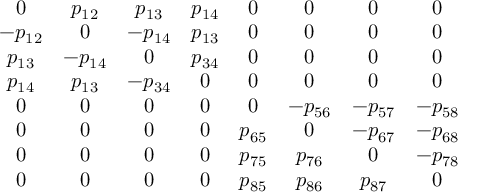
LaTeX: \begin{array} { c c c c c c c c } { { 0 } } & { { p _ { 1 2 } } } & { { p _ { 1 3 } } } & { { p _ { 1 4 } } } & { { 0 } } & { { 0 } } & { { 0 } } & { { 0 } } \\ { { - p _ { 1 2 } } } & { { 0 } } & { { - p _ { 1 4 } } } & { { p _ { 1 3 } } } & { { 0 } } & { { 0 } } & { { 0 } } & { { 0 } } \\ { { p _ { 1 3 } } } & { { - p _ { 1 4 } } } & { { 0 } } & { { p _ { 3 4 } } } & { { 0 } } & { { 0 } } & { { 0 } } & { { 0 } } \\ { { p _ { 1 4 } } } & { { p _ { 1 3 } } } & { { - p _ { 3 4 } } } & { { 0 } } & { { 0 } } & { { 0 } } & { { 0 } } & { { 0 } } \\ { { 0 } } & { { 0 } } & { { 0 } } & { { 0 } } & { { 0 } } & { { - p _ { 5 6 } } } & { { - p _ { 5 7 } } } & { { - p _ { 5 8 } } } \\ { { 0 } } & { { 0 } } & { { 0 } } & { { 0 } } & { { p _ { 6 5 } } } & { { 0 } } & { { - p _ { 6 7 } } } & { { - p _ { 6 8 } } } \\ { { 0 } } & { { 0 } } & { { 0 } } & { { 0 } } & { { p _ { 7 5 } } } & { { p _ { 7 6 } } } & { { 0 } } & { { - p _ { 7 8 } } } \\ { { 0 } } & { { 0 } } & { { 0 } } & { { 0 } } & { { p _ { 8 5 } } } & { { p _ { 8 6 } } } & { { p _ { 8 7 } } } & { { 0 } } \end{array}